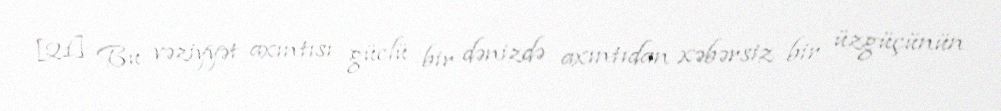
[21] Bu vəziyyət axıntısı güclü bir dənizdə axıntıdan xəbərsiz bir üzgüçünün